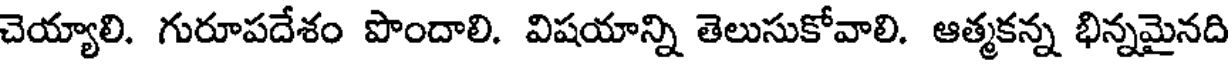
చెయ్యాలి. గురూపదేశం పొందాలి. విషయాన్ని తెలుసుకోవాలి. ఆత్మకన్న భిన్నమైనది